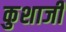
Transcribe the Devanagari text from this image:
कुशाजी